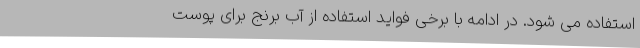
استفاده می شود. در ادامه با برخی فواید استفاده از آب برنج برای پوست